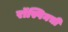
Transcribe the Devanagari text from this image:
रॉस्पिनची